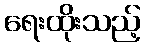
ရေးထိုးသည့်